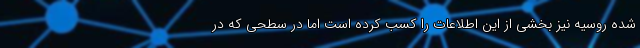
شده روسیه نیز بخشی از این اطلاعات را کسب کرده است اما در سطحی که در